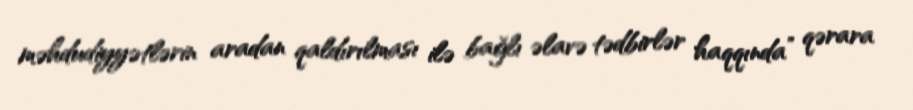
məhdudiyyətlərin aradan qaldırılması ilə bağlı əlavə tədbirlər haqqında” qərara